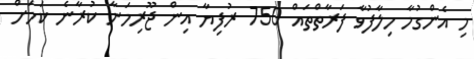
މި އެންގުމާ ހިލާފުވާ ފަރާތްތައް 750 ރުފިޔާ އިން ޖޫރިމަނާ ކުރާނެ ކަމަށް